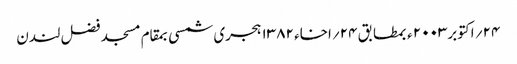
۲۴؍ اکتوبر۲۰۰۳ ء بمطابق ۲۴؍اخاء ۱۳۸۲ ہجری شمسی بمقام مسجد فضل لندن